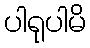
ပါရုပါမိ